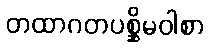
တထာဂတပစ္ဆိမဝါစာ